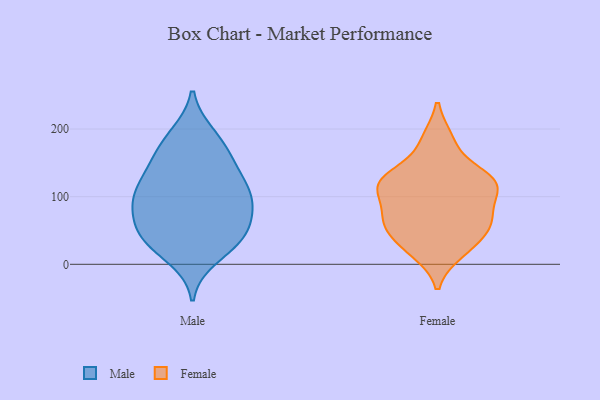
{"axis": {"x": "Conversion Rate (%)", "y": "Value"}, "legend": ["Female", "Male"], "data": [{"x": "", "y": 49, "type": "Male"}, {"x": "", "y": 106, "type": "Male"}, {"x": "", "y": 48, "type": "Male"}, {"x": "", "y": 126, "type": "Male"}, {"x": "", "y": 111, "type": "Male"}, {"x": "", "y": 27, "type": "Male"}, {"x": "", "y": 192, "type": "Male"}, {"x": "", "y": 40, "type": "Male"}, {"x": "", "y": 162, "type": "Male"}, {"x": "", "y": 33, "type": "Male"}, {"x": "", "y": 157, "type": "Male"}, {"x": "", "y": 59, "type": "Male"}, {"x": "", "y": 116, "type": "Male"}, {"x": "", "y": 96, "type": "Male"}, {"x": "", "y": 83, "type": "Male"}, {"x": "", "y": 152, "type": "Male"}, {"x": "", "y": 94, "type": "Male"}, {"x": "", "y": 78, "type": "Male"}, {"x": "", "y": 10, "type": "Male"}, {"x": "", "y": 189, "type": "Male"}, {"x": "", "y": 118, "type": "Female"}, {"x": "", "y": 18, "type": "Female"}, {"x": "", "y": 123, "type": "Female"}, {"x": "", "y": 58, "type": "Female"}, {"x": "", "y": 107, "type": "Female"}, {"x": "", "y": 118, "type": "Female"}, {"x": "", "y": 64, "type": "Female"}, {"x": "", "y": 184, "type": "Female"}, {"x": "", "y": 65, "type": "Female"}, {"x": "", "y": 183, "type": "Female"}, {"x": "", "y": 48, "type": "Female"}, {"x": "", "y": 66, "type": "Female"}, {"x": "", "y": 125, "type": "Female"}, {"x": "", "y": 28, "type": "Female"}, {"x": "", "y": 21, "type": "Female"}, {"x": "", "y": 131, "type": "Female"}, {"x": "", "y": 127, "type": "Female"}, {"x": "", "y": 66, "type": "Female"}, {"x": "", "y": 118, "type": "Female"}, {"x": "", "y": 90, "type": "Female"}]}